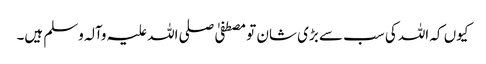
کیوں کہ اللہ کی سب سے بڑی شان تو مصطفیٰ صلی اللہ علیہ وآلہ وسلم ہیں۔